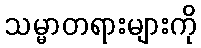
သမ္မာတရားများကို